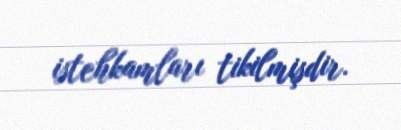
istehkamları tikilmişdir.